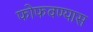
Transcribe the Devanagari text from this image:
फोफवण्यास